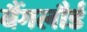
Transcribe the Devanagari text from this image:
बैंगलौर्ड